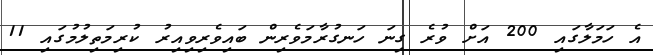
އެ ހަމަލާގައި 200 އަށް ވުރެ ގިނަ ހަނގުރާމަވެރިން ބައިވެރިވިއިރު ކުރިމަތިލުމުގައި 11